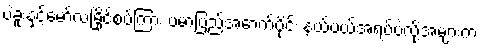
ပဲခူးနှင့်မော်လမြိုင်စပ်ကြား ဗမာပြည်အောက်ပိုင်း နယ်ပယ်အရပ်ပဲလို့အများက